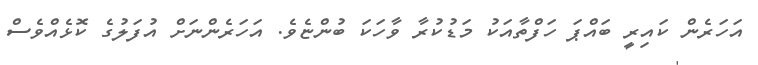
އަހަރެން ކައިރީ ބައްޕަ ހަފްތާއަކު މަޑުކުރާ ވާހަކަ ބުންޏެވެ. އަހަރެންނަށް އުފަލުގެ ކޮޅެއްވެސް